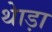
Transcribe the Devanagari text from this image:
थेाड़ा